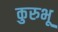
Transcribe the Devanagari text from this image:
कुरुभू